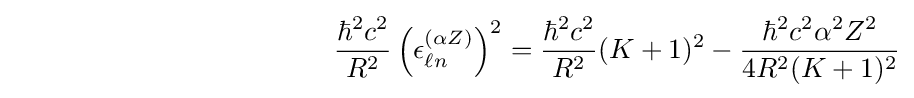
\qquad \qquad \qquad \qquad \qquad \quad \;\;{\frac {\hbar ^{2}c^{2}}{R^{2}}}\left(\epsilon _{\ell n}^{(\alpha Z)}\right)^{2}={\frac {\hbar ^{2}c^{2}}{R^{2}}}(K+1)^{2}-{\frac {\hbar ^{2}c^{2}\alpha ^{2}Z^{2}}{4R^{2}(K+1)^{2}}}